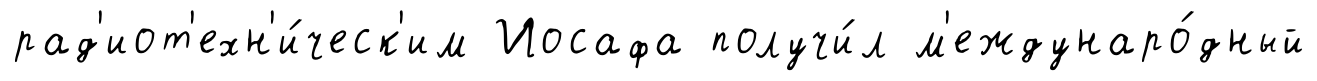
рад'иот'ехн'и́ческ'им Иосафа получи́л м'еждунаро́дный